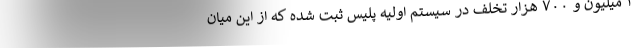
۴ میلیون و ۷۰۰ هزار تخلف در سیستم اولیه پلیس ثبت شده که از این میان